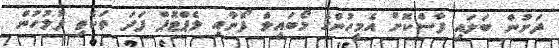
ދަށުން ބަލައި ފާސްކޮށް އެމީހުންގެ މޯބައިލް ފޯނާއި ލެޕްޓޮޕް ފަދަ ތަކެތި ފުލުހުން